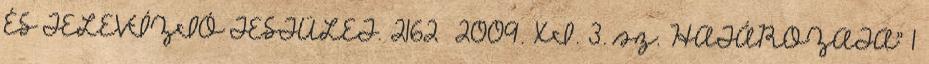
ÉS TELEVÍZIÓ TESTÜLET. 2162 2009. XI. 3. sz. HATÁROZATA" 1